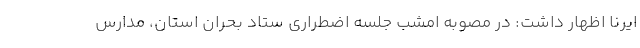
ایرنا اظهار داشت: در مصوبه امشب جلسه اضطراری ستاد بحران استان، مدارس